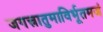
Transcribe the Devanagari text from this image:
जगत्त्रातुमाविर्भूतमजं